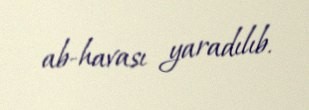
ab-havası yaradılıb.